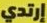
إرتدي